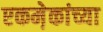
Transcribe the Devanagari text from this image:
एकमे़कांच्या